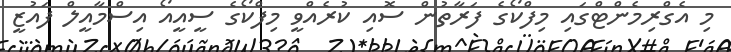
މި އެގްރިމެންޓްގައި މިފްކޯގެ ފަރާތުން ސޮއި ކުރެއްވީ މިފްކޯގެ ސީއީއޯ އިސްމާއީލް ފައުޒީ